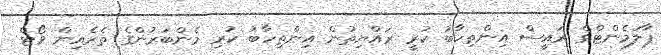
ޕާލަމެންޓްގެ ރައީސް އިންތިހާބު ކުރީ ރައްޔިތުން އިންތިހާބު ކުރި މެންބަރުންގެ ތެރެއިން ވޯޓް